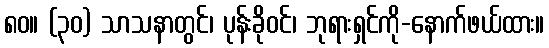
၈၀။ (၃၀) သာသနာတွင်၊ ပုန်းခိုဝင်၊ ဘုရားရှင်ကို-နောက်ဖယ်ထား။